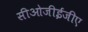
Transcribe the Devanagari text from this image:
सीओजीईजीए